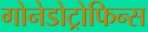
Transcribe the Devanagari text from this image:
गोनेडोट्रोफिन्स